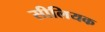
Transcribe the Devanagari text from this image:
सीलियक